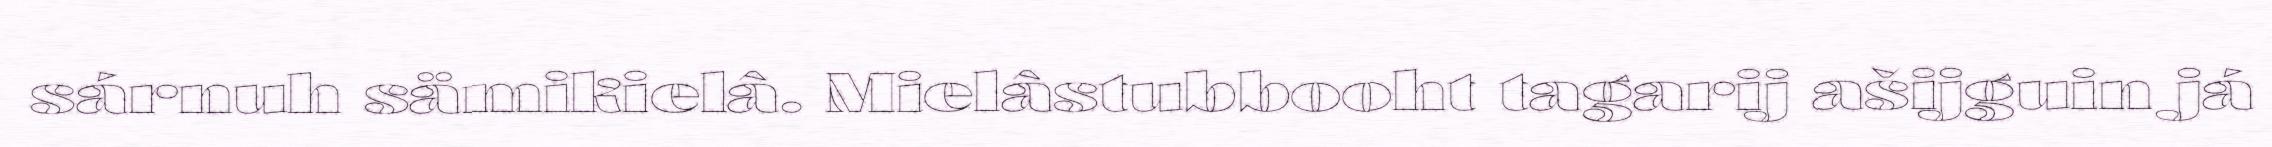
sárnuh sämikielâ. Mielâstubbooht tagarij ašijguin já